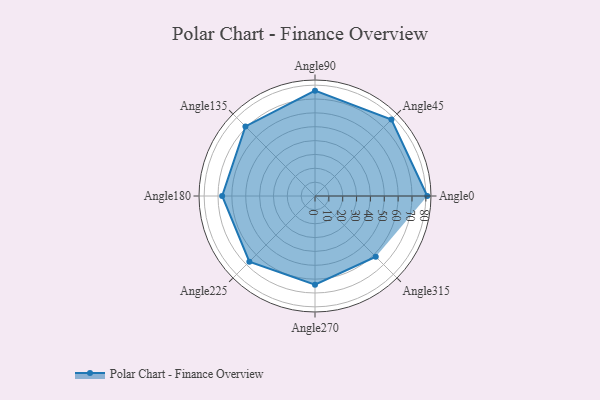
{"axis": {"x": "Angle", "y": "Radius"}, "legend": [""], "data": [{"x": "Angle0", "y": 81.0, "type": ""}, {"x": "Angle45", "y": 78.0, "type": ""}, {"x": "Angle90", "y": 76.0, "type": ""}, {"x": "Angle135", "y": 71.0, "type": ""}, {"x": "Angle180", "y": 67.0, "type": ""}, {"x": "Angle225", "y": 67.0, "type": ""}, {"x": "Angle270", "y": 64.0, "type": ""}, {"x": "Angle315", "y": 62.0, "type": ""}]}